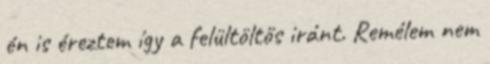
én is éreztem így a felültöltős iránt. Remélem nem